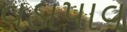
વડાપાવ